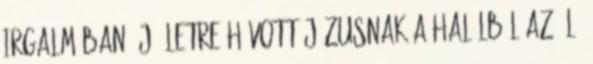
irgalmában új életre hívott Jézusnak a halálból az élő